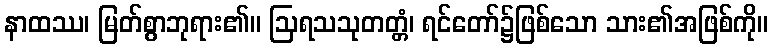
နာထဿ၊ မြတ်စွာဘုရား၏။ ဩရသသုတတ္တံ၊ ရင်တော်၌ဖြစ်သော သား၏အဖြစ်ကို။